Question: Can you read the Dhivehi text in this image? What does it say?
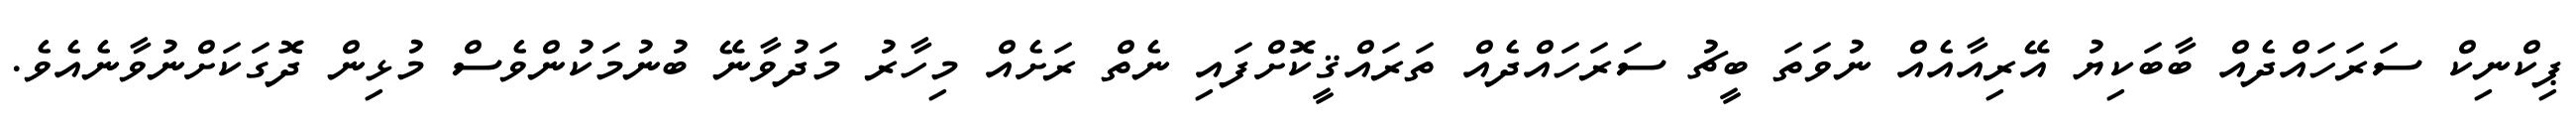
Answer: ޕިކްނިކް ސަރަހައްދެއް ބާބަކިޔު އޭރިއާއެއް ނުވަތަ ބީޗު ސަރަހައްދެއް ތަރައްޤީކޮށްފައި ނެތް ރަށެއް މިހާރު މަދުވާނޭ ބުނުމަކުންވެސް މުޅިން ދޮގަކަށްނުވާނެއެވެ.